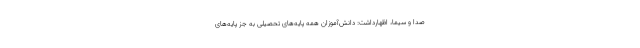
صدا و سیما، اظهارداشت: دانش‌آموزان همه پایه‌های تحصیلی به جز پایه‌های